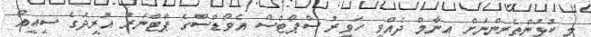
މި ކުޅުންތެރިންނަށް އިނާމް ދެއްވީ ހަވީރު ސްޕޯޓްސް އެވޯޑްސްގެ ޕާޓްނަރު އުރީދުގެ ސީއީއޯ